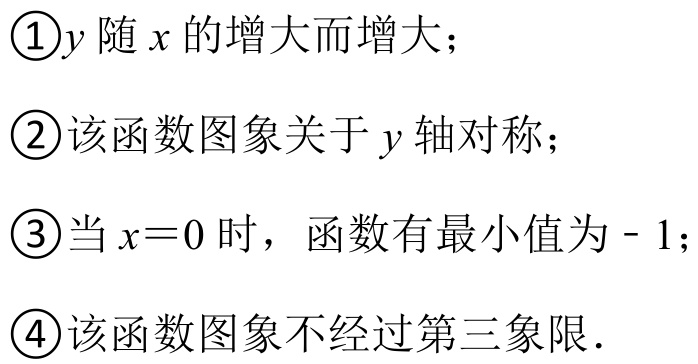
\textcircled{1}\(y\)随\(x\)的增大而增大；
\textcircled{2}该函数图象关于\(y\)轴对称；
\textcircled{3}当\(x = 0\)时，函数有最小值为\(-1\)；
\textcircled{4}该函数图象不经过第三象限.